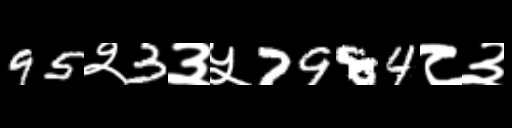
Text: 95२3३५7984८३